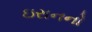
ઇરાનનો